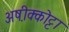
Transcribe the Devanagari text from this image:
अष़ीक्कोट्टा